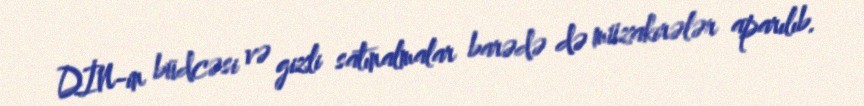
DİN-in büdcəsi və gizli satınalmalar barədə də müzakirələr aparılıb.